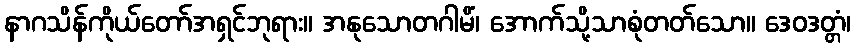
နာဂသိန်ကိုယ်တော်အရှင်ဘုရား။ အနုသောတဂါမိံ၊ အောက်သို့သာစုံတတ်သော။ ဒေဝဒတ္တံ၊